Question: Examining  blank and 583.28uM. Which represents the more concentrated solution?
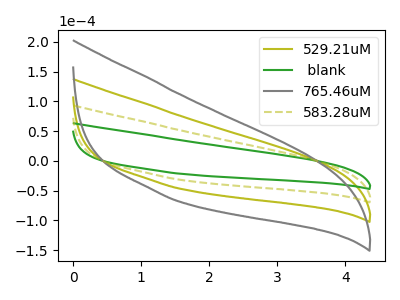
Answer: <think>The olive curve "529.21uM" has no peaks. The green curve " blank" has no peaks. The gray curve "765.46uM" has no peaks. The olive dashed curve "583.28uM" has no peaks.
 Neither " blank" or "583.28uM" have any peaks.</think>
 <answer>I cant tell if " blank" or "583.28uM" has higher concentration.</answer>
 <eval>mixed_concentration</eval>